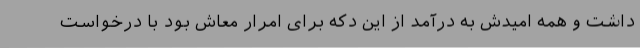
داشت و همه امیدش به درآمد از این دکه برای امرار معاش بود با درخواست